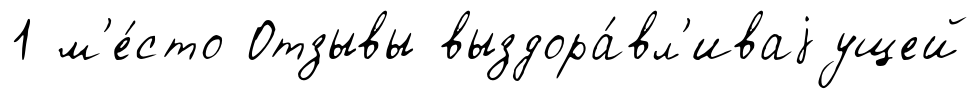
1 м'е́сто Отзывы выздора́вл'иваjущей